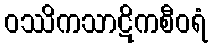
ဝဿိကသာဋိကစီဝရံ